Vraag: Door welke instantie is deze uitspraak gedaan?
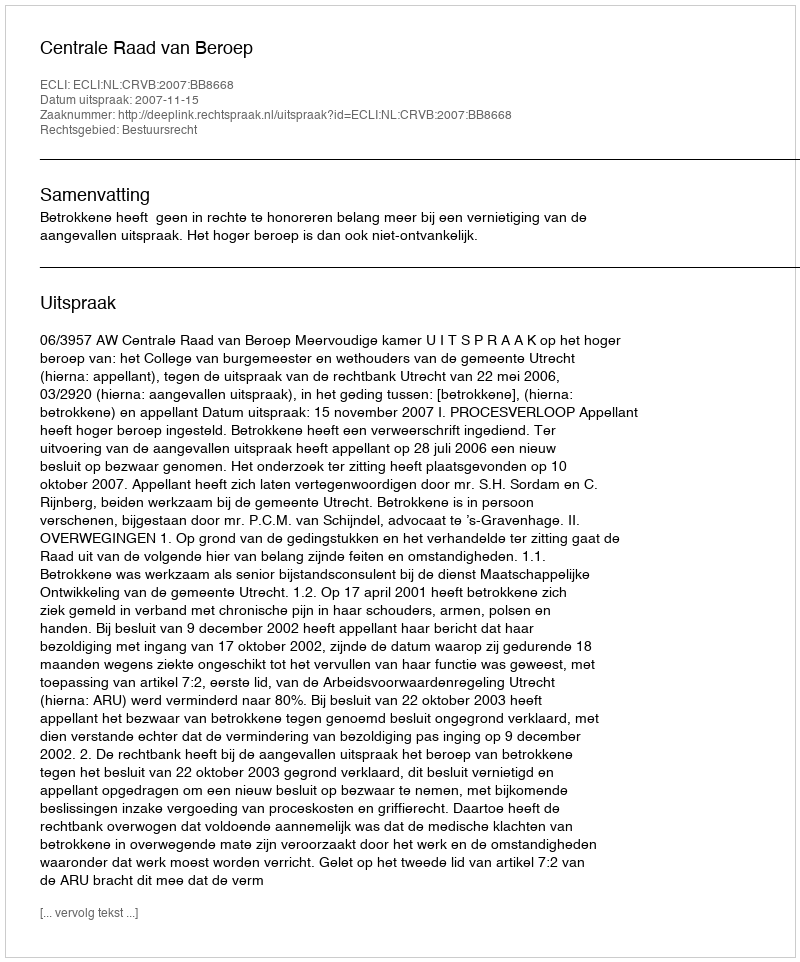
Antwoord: Centrale Raad van Beroep